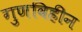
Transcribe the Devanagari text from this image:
गुणविहीन